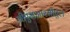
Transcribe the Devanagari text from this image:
बीएमआरसीएल